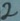
Text: 2